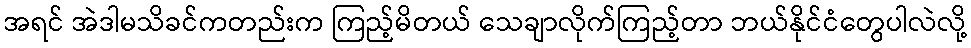
အရင် အဲဒါမသိခင်ကတည်းက ကြည့်မိတယ် သေချာလိုက်ကြည့်တာ ဘယ်နိုင်ငံတွေပါလဲလို့